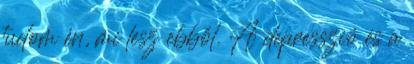
tudom én, mi lesz ebből. A depresszió és a